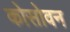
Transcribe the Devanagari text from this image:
कोसोवन